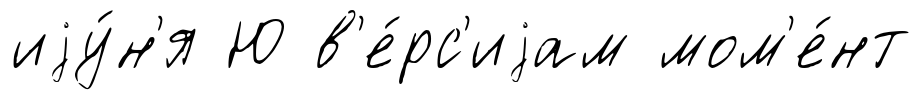
иjу́н'я Ю в'е́рс'иjам мом'е́нт